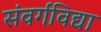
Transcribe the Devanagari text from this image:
संवर्गविद्या